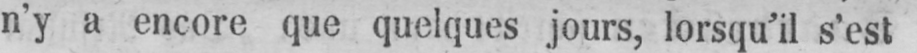
n’y a encore que quelques jours, lorsqu’il s’est